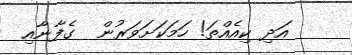
އަދި ކިއެއްތަ! ހަމަކަށަވަރުން  ގެފާނާއި